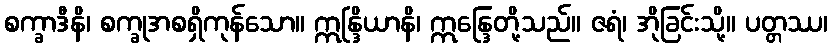
စက္ခာဒီနိ၊ စက္ခုအစရှိကုန်သော။ ဣန္ဒြိယာနိ၊ ဣန္ဒြေတို့သည်။ ဇရံ၊ အိုခြင်းသို့။ ပတ္တဿ၊